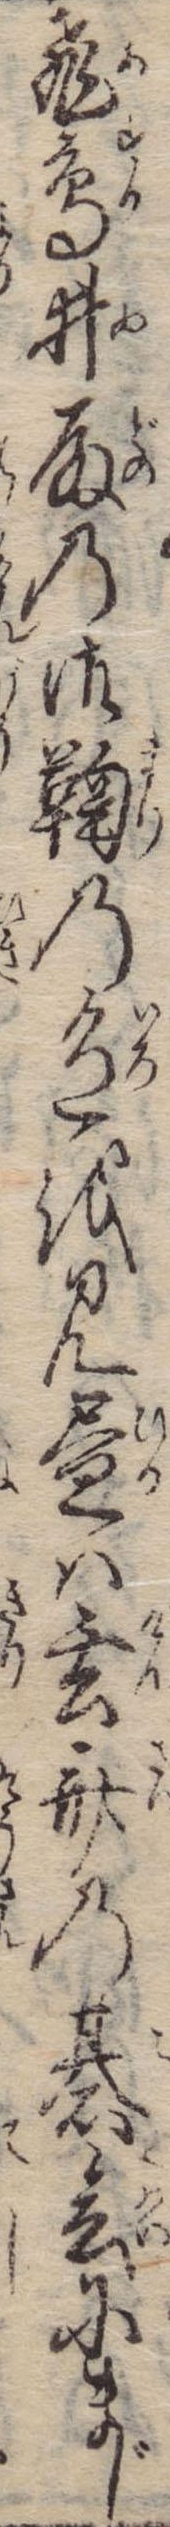
飛鳥井殿の御鞠の色を見昼は玄斎の碁会にまじ